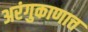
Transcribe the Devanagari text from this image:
अरंगुकाणात्त